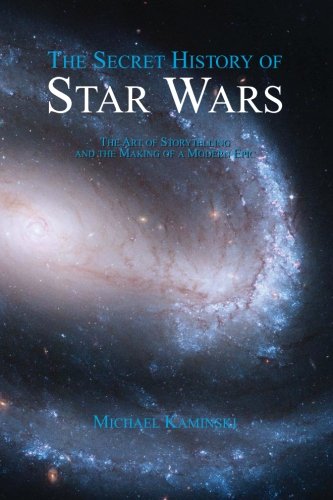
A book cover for The Secret History of Star Wars; Michael Kaminski; Humor & Entertainment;